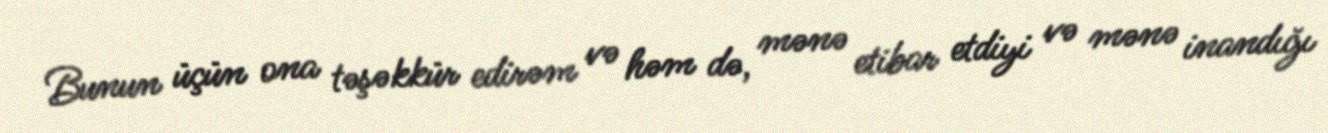
Bunun üçün ona təşəkkür edirəm və həm də, mənə etibar etdiyi və mənə inandığı